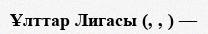
Ұлттар Лигасы (, , ) —